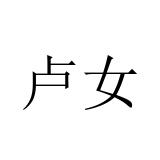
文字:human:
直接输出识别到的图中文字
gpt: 卢女